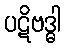
ပဋိဗဒ္ဓါ